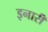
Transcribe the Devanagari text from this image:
इनारी